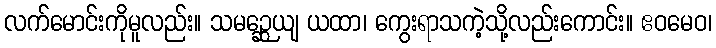
လက်မောင်းကိုမူလည်း။ သမဉ္ဆေယျ ယထာ၊ ကွေးရာသကဲ့သို့လည်းကောင်း။ ဧဝမေဝ၊